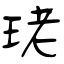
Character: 珯